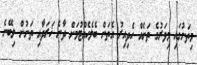
މިތަނުގައި މިވަރުގެ ތަނެއް ހެދިއިރު އެތަން ބެލެހެއްޓުމަށް ދާނެ ޚަރަދާއި ތަނުން ލިބޭނެ